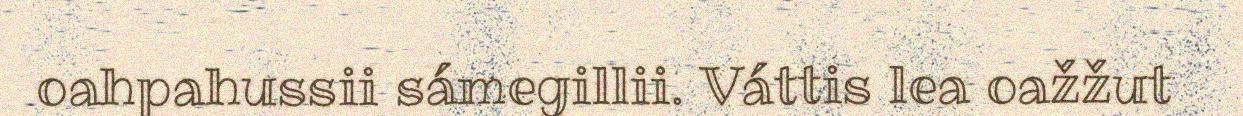
oahpahussii sámegillii. Váttis lea oažžut